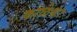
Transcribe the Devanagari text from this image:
काळेश्वर